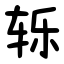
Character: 轹